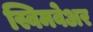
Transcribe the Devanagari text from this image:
स्विमवेअर